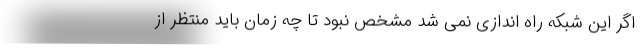
اگر این شبکه راه اندازی نمی شد مشخص نبود تا چه زمان باید منتظر از